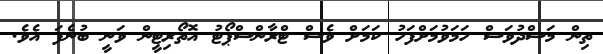
ތިން މަސްދުވަސް ހަމަވުމަށްފަހު ކަމަށް ވެސް ޓްރާންސްޕޯޓު އޮތޯރިޓީން ވަނީ ބުނެފަ އެވެ.